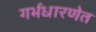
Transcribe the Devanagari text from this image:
गर्भधारणेत